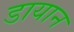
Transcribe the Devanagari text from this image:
डायान